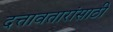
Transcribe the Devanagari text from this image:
दत्तावतारांसाठी